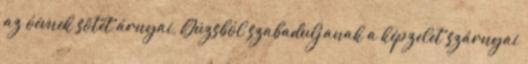
az óévnek sötét árnyai, Gúzsból szabaduljanak a képzelet szárnyai